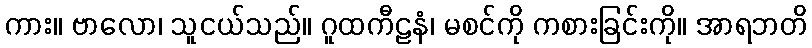
ကား။ ဗာလော၊ သူငယ်သည်။ ဂူထကီဠနံ၊ မစင်ကို ကစားခြင်းကို။ အာရဘတိ